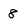
Character: 8